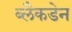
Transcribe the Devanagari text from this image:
ब्लैकडेन